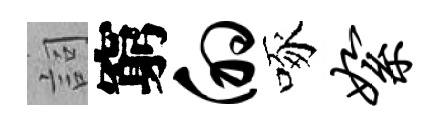
詞窮的啄絮